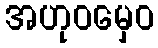
အဟုဝမှေဝ